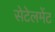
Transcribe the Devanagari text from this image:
सेटेलमेंट